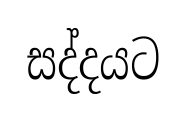
සද්දයට